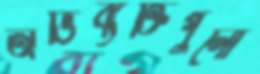
অভিব্যক্তিগুলো